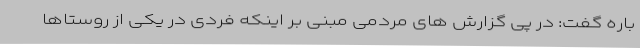
باره گفت: در پی گزارش های مردمی مبنی بر اینکه فردی در یکی از روستاها